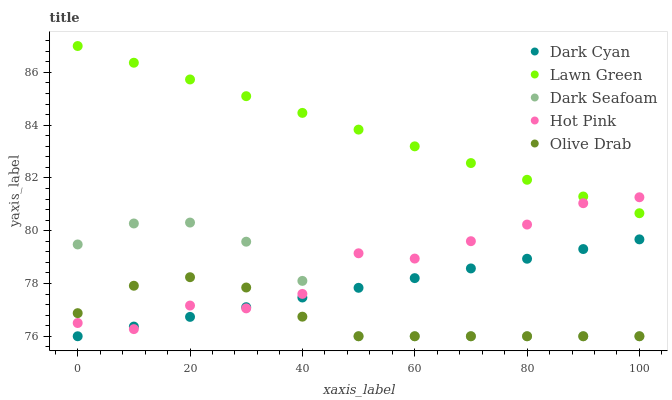
| xaxis_label | Dark Cyan | Lawn Green | Dark Seafoam | Hot Pink | Olive Drab |
 | --- | --- | --- | --- | --- | --- |
 | 0 | 76 | 87 | 79.5 | 76.5 | 76.9 |
 | 10 | 76.4 | 86.4 | 80.3 | 76.3 | 77.9 |
 | 20 | 76.7 | 85.7 | 80.3 | 77.2 | 78.2 |
 | 30 | 77.1 | 85.1 | 79.6 | 77.1 | 77.8 |
 | 40 | 77.5 | 84.5 | 78.1 | 77.6 | 76.7 |
 | 50 | 77.8 | 83.8 | 76 | 79.1 | 76 |
 | 60 | 78.2 | 83.2 | 76 | 78.9 | 76 |
 | 70 | 78.6 | 82.6 | 76 | 79.6 | 76 |
 | 80 | 78.9 | 81.9 | 76 | 80.2 | 76 |
 | 90 | 79.3 | 81.3 | 76 | 81 | 76 |
 | 100 | 79.7 | 80.7 | 76 | 81.3 | 76 |